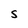
Character: S